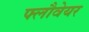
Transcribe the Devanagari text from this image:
फ्लौवेयर